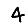
Digit: 4